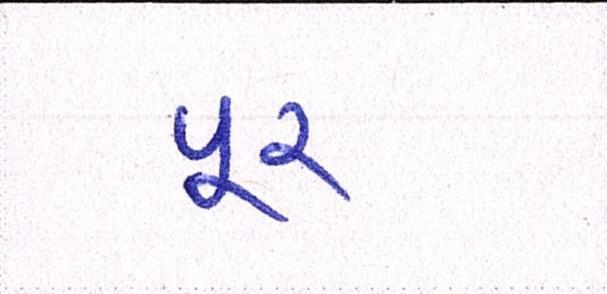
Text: પૂર